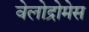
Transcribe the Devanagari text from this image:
वेलोद्रोमेस